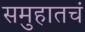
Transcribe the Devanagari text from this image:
समुहातचं